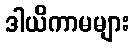
ဒါယိကာမများ